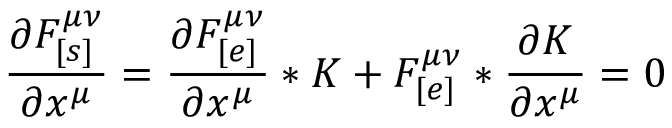
\frac { \partial F _ { [ s ] } ^ { \mu \nu } } { \partial x ^ { \mu } } = \frac { \partial F _ { [ e ] } ^ { \mu \nu } } { \partial x ^ { \mu } } * K + F _ { [ e ] } ^ { \mu \nu } * \frac { \partial K } { \partial x ^ { \mu } } = 0